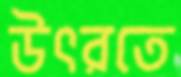
উৎরতে